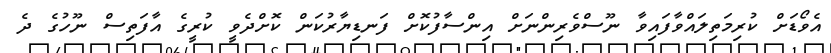
އެވޯޑަށް ކުރިމަތިލައްވާފައިވާ ނޫސްވެރިންނަށް އިންސާފުކޮށް ފަނޑިޔާރުކަން ކޮށްދެވީ ކުރީގެ އާފަތިސް ނޫހުގެ ދެ